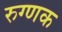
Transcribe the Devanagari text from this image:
रुग्णक